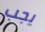
يجب